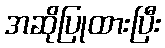
အဆိုပြုထားပြီး